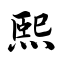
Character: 熙